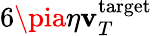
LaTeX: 6\pia\eta\mathbf{v}_{T}^{\mathrm{{target}}}